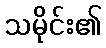
သမိုင်း၏